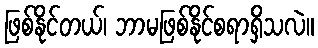
ဖြစ်နိုင်တယ်၊ ဘာမဖြစ်နိုင်စရာရှိသလဲ။